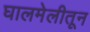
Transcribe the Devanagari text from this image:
घालमेलीतून